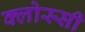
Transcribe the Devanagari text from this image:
क्लोस्सी